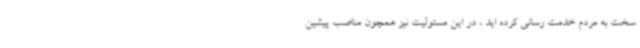
سخت به مردم خدمت رسانی کرده اید ، در این مسئولیت نیز همچون مناصب پیشین